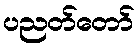
ပညတ်တော်